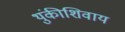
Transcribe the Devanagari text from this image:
थुंकीशिवाय